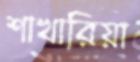
শাখারিয়া